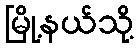
မြို့နယ်သို့